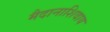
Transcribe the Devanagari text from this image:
मैदानाशिवाय